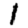
Digit: 1